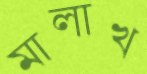
মালাখ